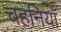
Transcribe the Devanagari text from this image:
चहनियाँ